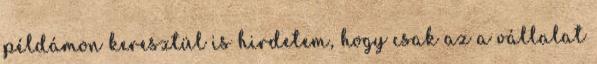
példámon keresztül is hirdetem, hogy csak az a vállalat